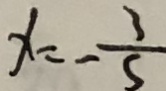
x = - \frac { 3 } { 5 }